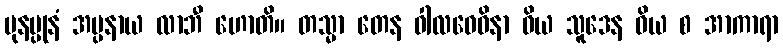
ပုနပ္ပုနံ အပ္ပနာယ လာဘီ ဟောတိ။ တသ္မာ တေန ဝါလဝေဓိနာ ဝိယ သူဒေန ဝိယ စ အာကာရာ